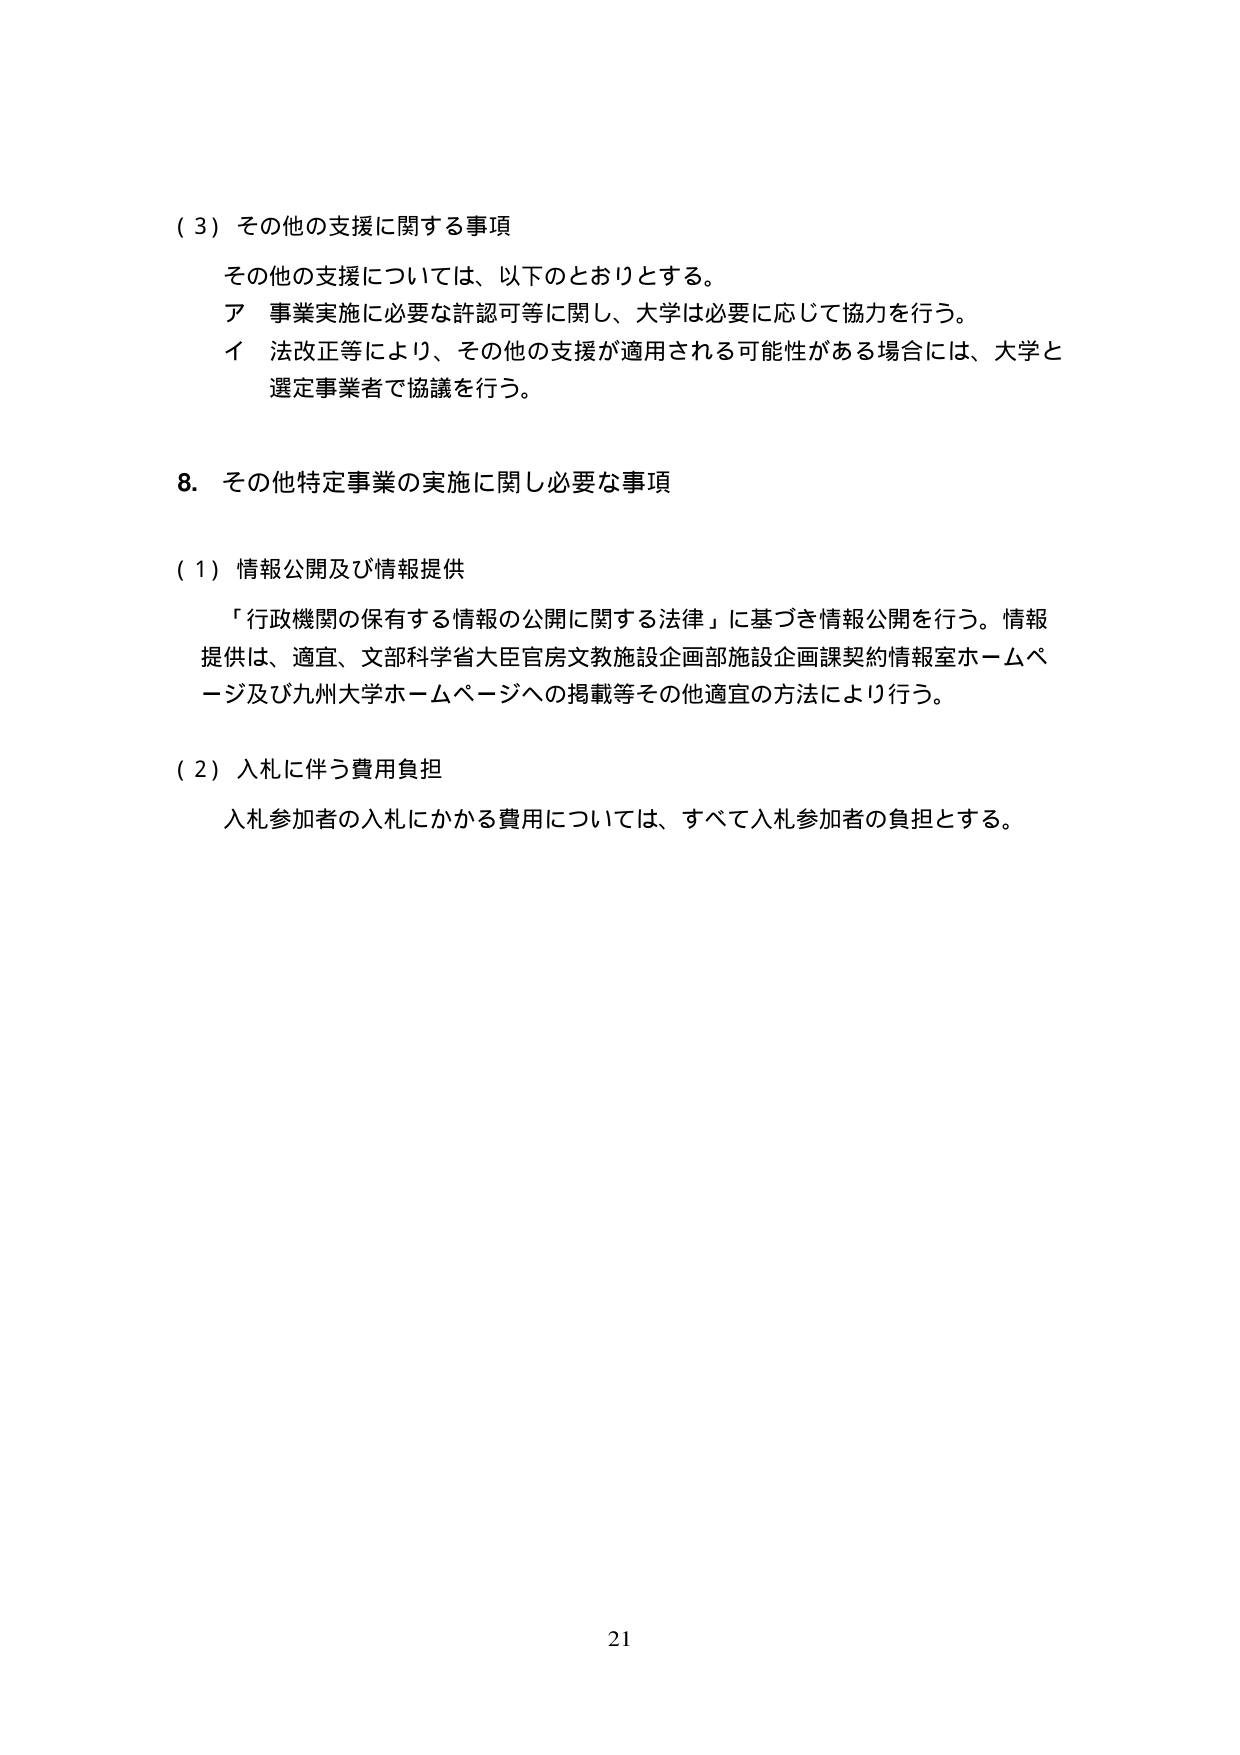
（３）その他の支援に関する事項
その他の支援については、以下のとおりとする。
ア 事業実施に必要な許認可等に関し、大学は必要に応じて協力を行う。
イ 法改正等により、その他の支援が適用される可能性がある場合には、大学と選定事業者で協議を行う。

8. その他特定事業の実施に関し必要な事項

（１）情報公開及び情報提供
「行政機関の保有する情報の公開に関する法律」に基づき情報公開を行う。情報提供は、適宜、文部科学省大臣官房文教施設企画部施設企画課契約情報室ホームページ及び九州大学ホームページへの掲載等その他適宜の方法により行う。

（２）入札に伴う費用負担
入札参加者の入札にかかる費用については、すべて入札参加者の負担とする。

21